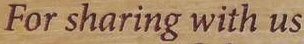
For sharing with us